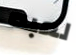
لعبه